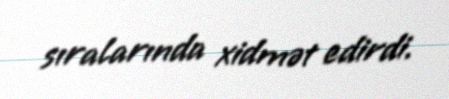
sıralarında xidmət edirdi.